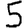
Digit: 5